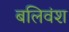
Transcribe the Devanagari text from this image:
बलिवंश